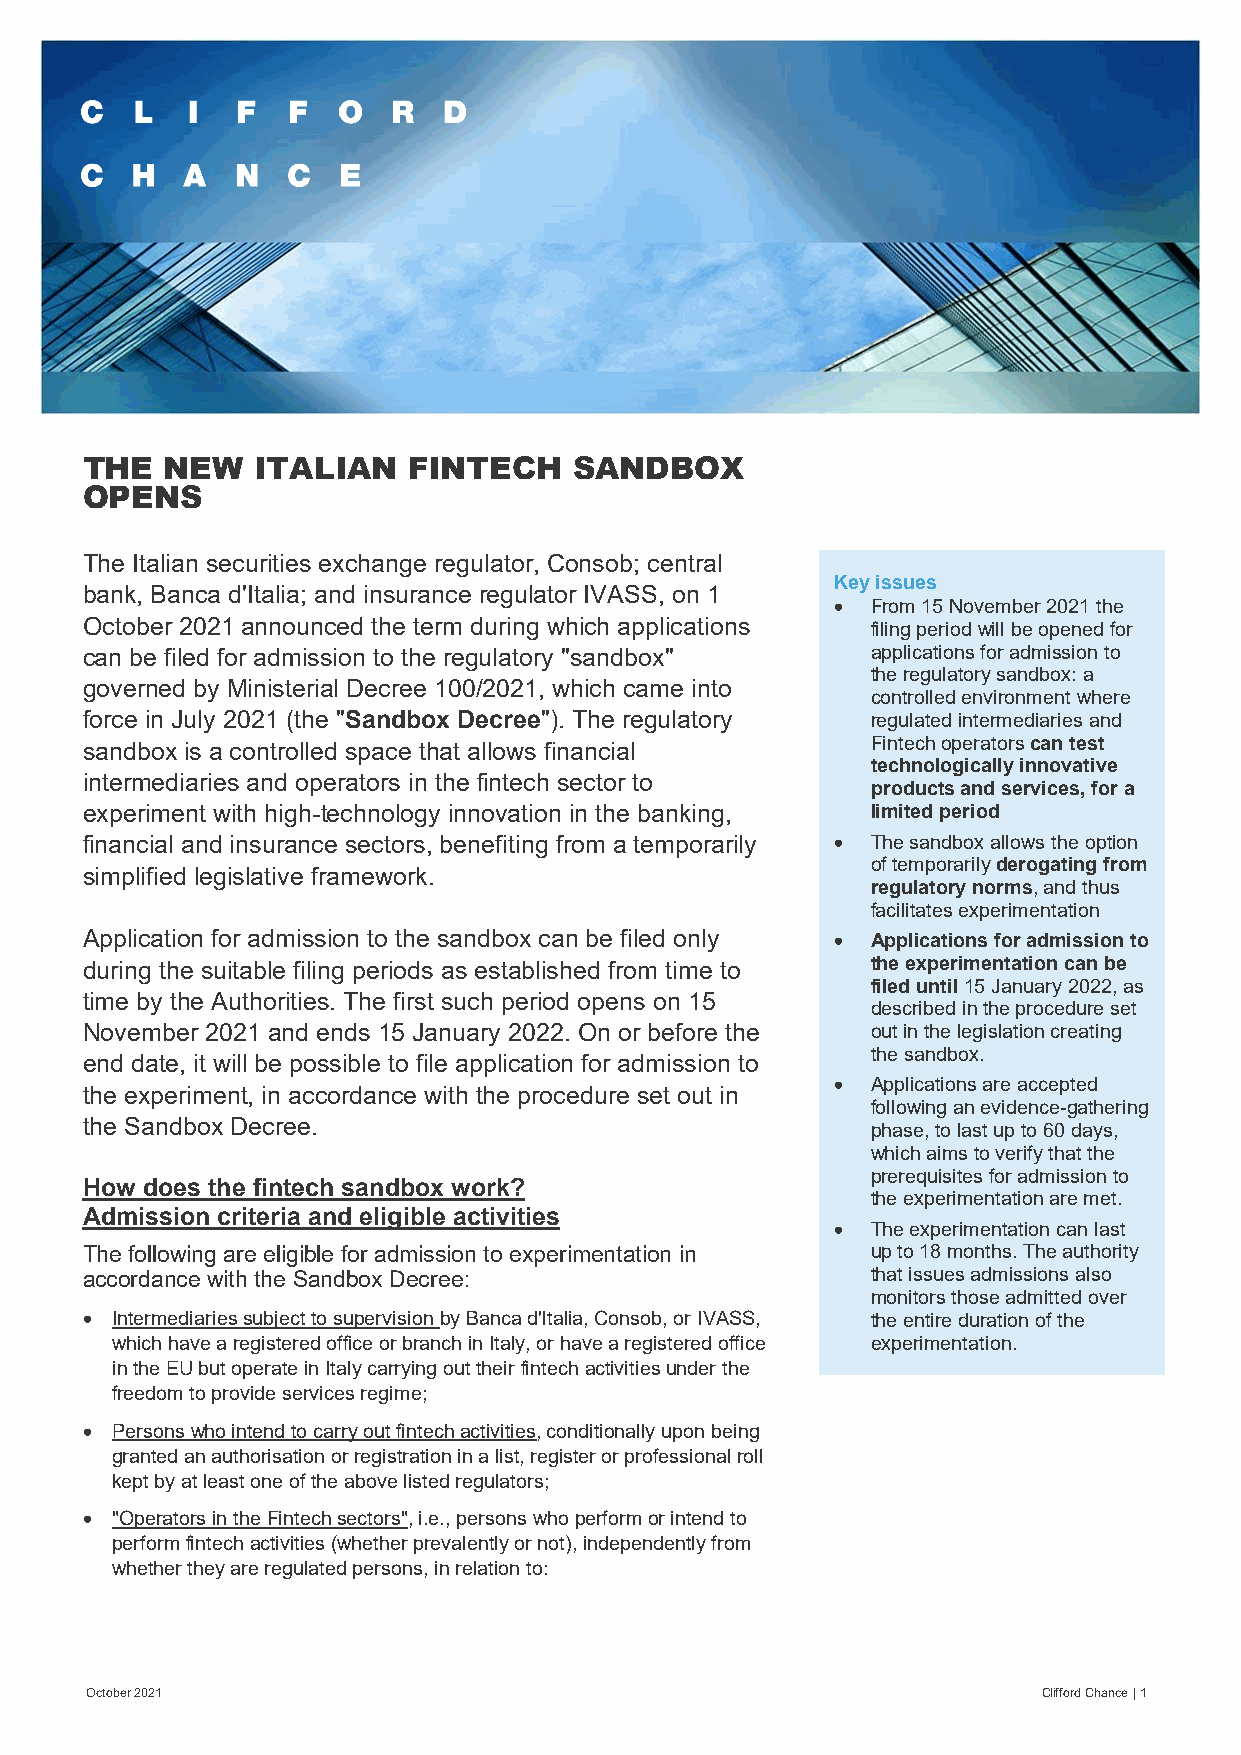
THE   NEW   ITALIAN   FINTECH    SANDBOX
 OPENS
 The Italian securities exchange regulator, Consob; central
 Key issues
 bank, Banca d'Italia; and insurance regulator IVASS, on 1
 •  From 15 November 2021 the
 October 2021 announced the term during which applications filing period will be opened for
 can be filed for admission to the regulatory "sandbox" applications for admission to
 the regulatory sandbox: a
 governed by Ministerial Decree 100/2021, which came into
 controlled environment where
 force in July 2021 (the "Sandbox Decree"). The regulatory regulated intermediaries and
 sandbox is a controlled space that allows financial  Fintech operators can test
 technologically innovative
 intermediaries and operators in the fintech sector to
 products and services, for a
 experiment with high-technology innovation in the banking, limited period
 financial and insurance sectors, benefiting from a temporarily • The sandbox allows the option
 of temporarily derogating from
 simplified legislative framework.
 regulatory norms, and thus
 facilitates experimentation
 Application for admission to the sandbox can be filed only • Applications for admission to
 during the suitable filing periods as established from time to the experimentation can be
 filed until 15 January 2022, as
 time by the Authorities. The first such period opens on 15
 described in the procedure set
 November 2021 and ends 15 January 2022. On or before the out in the legislation creating
 the sandbox.
 end date, it will be possible to file application for admission to
 •  Applications are accepted
 the experiment, in accordance with the procedure set out in
 following an evidence-gathering
 the Sandbox Decree.                                  phase, to last up to 60 days,
 which aims to verify that the
 prerequisites for admission to
 How does the fintech sandbox work?
 the experimentation are met.
 Admission criteria and eligible activities
 •  The experimentation can last
 The following are eligible for admission to experimentation in up to 18 months. The authority
 accordance with the Sandbox Decree:                  that issues admissions also
 monitors those admitted over
 • Intermediaries subject to supervision by Banca d'Italia, Consob, or IVASS, the entire duration of the
 which have a registered office or branch in Italy, or have a registered office experimentation.
 in the EU but operate in Italy carrying out their fintech activities under the
 freedom to provide services regime;
 • Persons who intend to carry out fintech activities, conditionally upon being
 granted an authorisation or registration in a list, register or professional roll
 kept by at least one of the above listed regulators;
 • "Operators in the Fintech sectors", i.e., persons who perform or intend to
 perform fintech activities (whether prevalently or not), independently from
 whether they are regulated persons, in relation to:
 October 2021                                                   Clifford Chance | 1